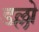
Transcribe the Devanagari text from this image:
डल्लो